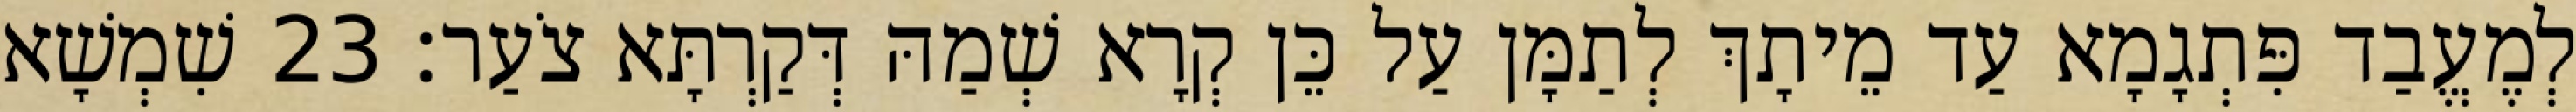
לְמֶעֱבַד פִּתְגָמָא עַד מֵיתָךְ לְתַמָּן עַל כֵּן קְרָא שְׁמַהּ דְּקַרְתָּא צֹעַר׃ 23 שִׁמְשָׁא